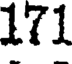
171